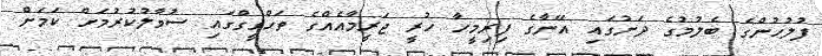
ފުލުހުންގެ ބެލުމުގެ ދަށުގައި އޭނާގެ ފިރިމީހާ ހުރީ ޖަރީމާއެއްގެ ތަހްގީގްގައި ސުވާލުކުރުމަށް ކަމަށް